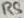
Text: R5